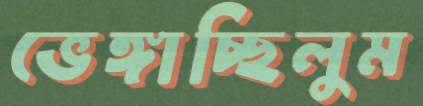
ভেঙ্গাচ্ছিলুম